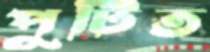
পুটিত